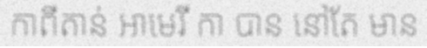
កាពីតាន់ អាមេរី កា បាន នៅតែ មាន